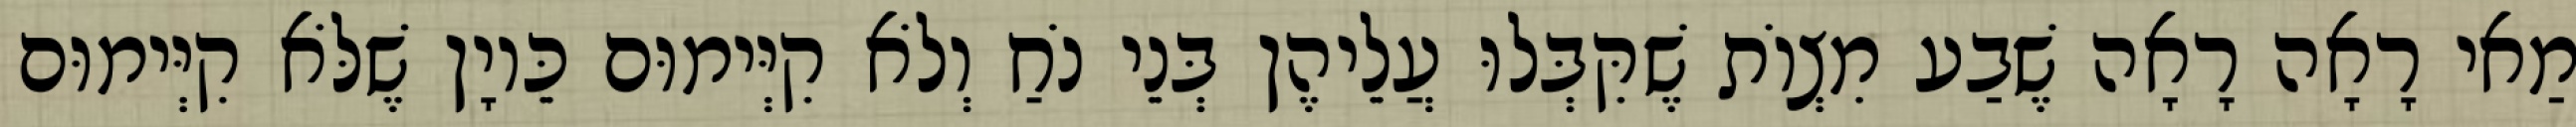
מַאי רָאָה רָאָה שֶׁבַע מִצְוֹת שֶׁקִּבְּלוּ עֲלֵיהֶן בְּנֵי נֹחַ וְלֹא קִיְּימוּם כֵּיוָן שֶׁלֹּא קִיְּימוּם